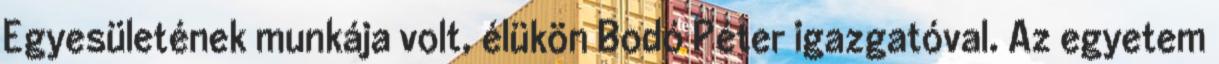
Egyesületének munkája volt, élükön Bodó Péter igazgatóval. Az egyetem